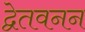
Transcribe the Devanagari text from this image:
द्वेतवनन